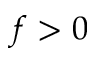
f > 0